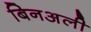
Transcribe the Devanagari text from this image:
बिनअली